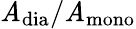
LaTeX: \mathit{A}_{\mathrm{{{dia}}}}/\mathit{A}_{\mathrm{{{mono}}}}